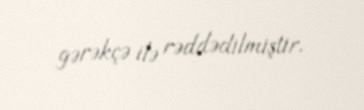
gərəkçə ilə rəddədilmiştir.